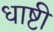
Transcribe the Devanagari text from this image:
धाष्टी